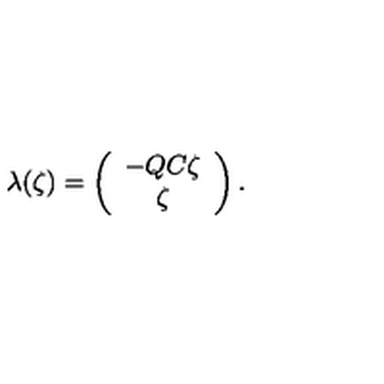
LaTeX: \lambda ( \zeta ) = \left( \begin{array} { c } { - Q C \zeta } \\ { \zeta } \\ \end{array} \right) .